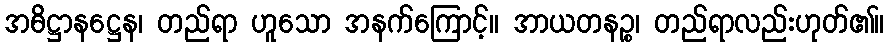
အဓိဋ္ဌာနဋ္ဌေန၊ တည်ရာ ဟူသော အနက်ကြောင့်။ အာယတနဉ္စ၊ တည်ရာလည်းဟုတ်၏။